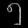
Digit: ၅